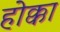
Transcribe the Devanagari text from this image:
होक्का